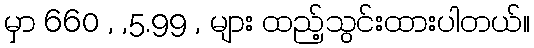
မှာ 660 , ,5.99 , များ ထည့်သွင်းထားပါတယ်။